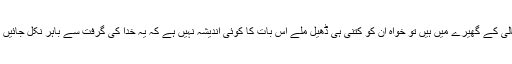
یعنی جب یہ ہر طرف سے اللہ تعالیٰ کے گھیرے میں ہیں تو خواہ ان کو کتنی ہی ڈھیل ملے اس بات کا کوئی اندیشہ نہیں ہے کہ یہ خدا کی گرفت سے باہر نکل جائیں گے، تو تم بھی ان کو ڈھیل ہی دو۔